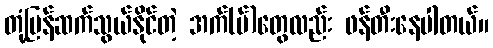
တုံ့ပြန်ဆက်သွယ်နိုင်တဲ့ အက်(ပ်)တွေလည်း ဖန်တီးနေပါတယ်။